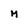
Character: m